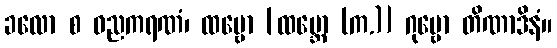
ခလော စ ဓညကရဏံ၊ ထမ္ဗော [ထမ္ဘော (က.)] ဂုမ္ဗော တိဏာဒိနံ။